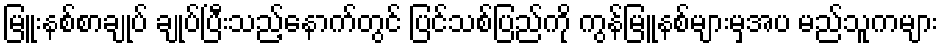
မြူးနစ်စာချုပ် ချုပ်ပြီးသည့်နောက်တွင် ပြင်သစ်ပြည်ကို ကွန်မြူနစ်များမှအပ မည်သူကများ